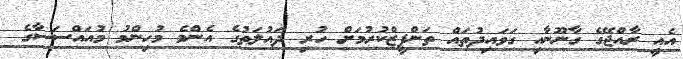
އެއީ ރާއްޖޭގެ ގާނޫނާއި ގަވައިދުތައް ތަންފީޒްކުރުމަށް ހުރި ދައުލަތުގެ އެންމެ މުހިންމު މުއައްސަސާގެ